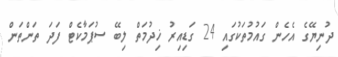
ދުނިޔޭގެ އެހެން ގައުމުތަކުގައި 24 ގަޑިއިރު ޚިދުމަތް ލިބޭ ސުޕަމާކެޓް ފަދަ ތަންތަން